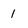
Character: 1